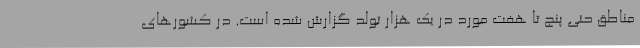
مناطق حتی پنج تا هفت مورد در یک هزار تولد گزارش شده است. در کشورهای